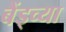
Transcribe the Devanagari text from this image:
बैंड्च्या